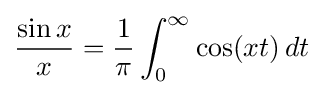
{\frac {\sin x}{x}}={\frac {1}{\pi }}\int _{0}^{\infty }\cos(xt)\,dt